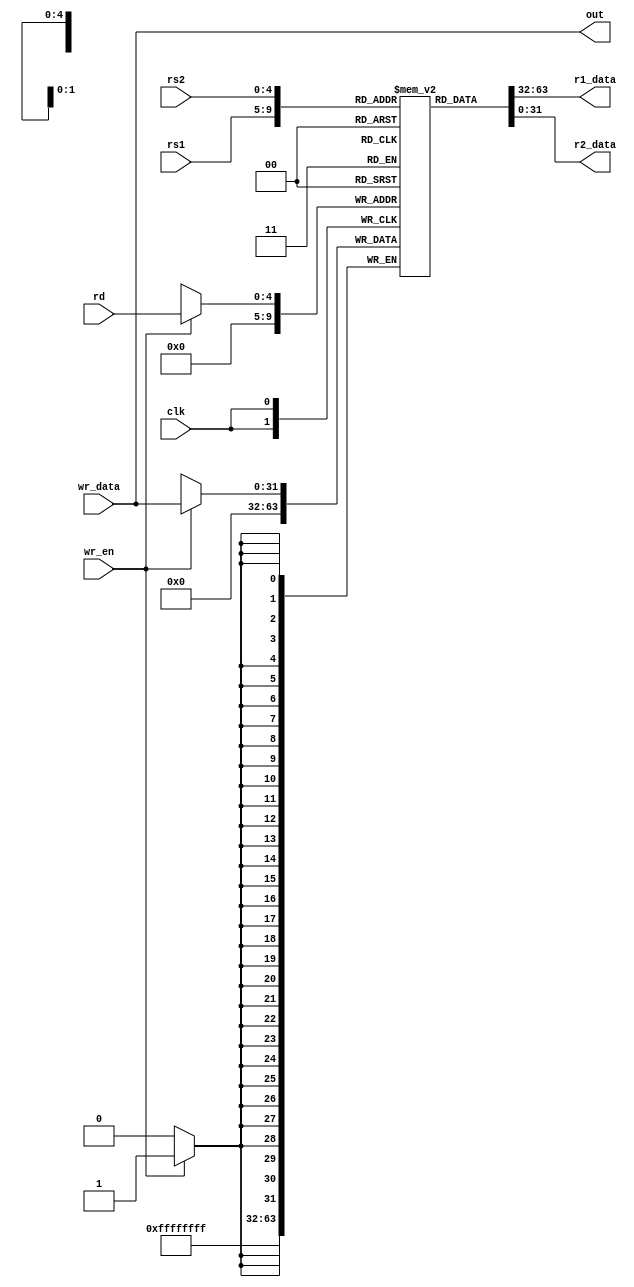
`timescale 1ns / 1ps


module registerfile(rs1,rs2,rd,wr_data,wr_en,clk,r1_data,r2_data,out);

input [4:0] rs1,rs2,rd;
input [31:0] wr_data; //data memoryden gelen sonuc
input wr_en,clk;
output [31:0] r1_data,r2_data;
output  [31:0] out;

assign out=wr_data; // cpu'dan cikis almak icin


reg [31:0] regs [31:0]; //32 tane 32 bitlik register

integer i;

initial begin
for(i=0;i<32;i=i+1) begin

regs[i]=0;
end
/*regs[0]=0;
regs[1]=0;
regs[2]=32'h7fffeffc;
regs[3]=32'h10008000;*/

end

always @(posedge clk) begin

if(wr_en) begin
    regs[rd]<=wr_data; // yazma write back
end


regs[0]<=0; //x0 hep 0
end

assign r1_data=regs[rs1]; //okuma 
assign r2_data=regs[rs2];



endmodule